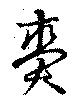
賚